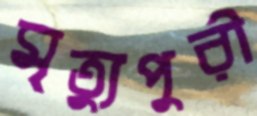
মৃত্যুপুরী